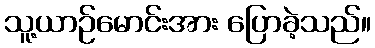
သူ့ယာဉ်မောင်းအား ပြောခဲ့သည်။